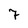
Character: 7